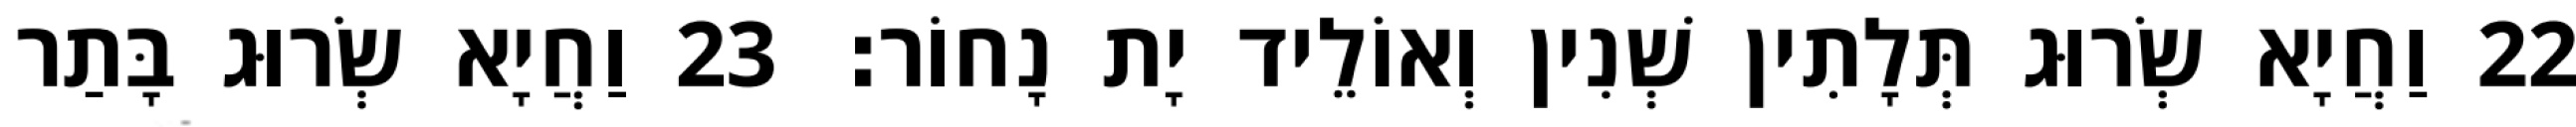
22 וַחֲיָא שְׂרוּג תְּלָתִין שְׁנִין וְאוֹלֵיד יָת נָחוֹר׃ 23 וַחֲיָא שְׂרוּג בָּתַר